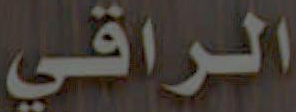
الراقي